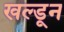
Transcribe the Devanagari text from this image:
खल्डून